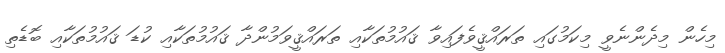
މިހެން މިދެންނެވީ މިކަމުގައި ތަރައްޤީވެފައިވާ ޤައުމުތަކާއި ތަރައްޤީވަމުންދާ ޤައުމުތަކާއި ކުޑަ ޤައުމުތަކާއި ބޮޑެތި